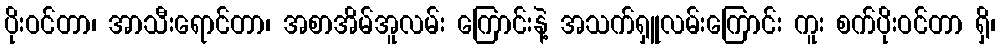
ပိုးဝင်တာ၊ အာသီးရောင်တာ၊ အစာအိမ်အူလမ်း ကြောင်းနဲ့ အသက်ရှူလမ်းကြောင်း ကူး စက်ပိုးဝင်တာ ရှိ၊